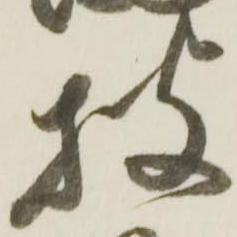
披